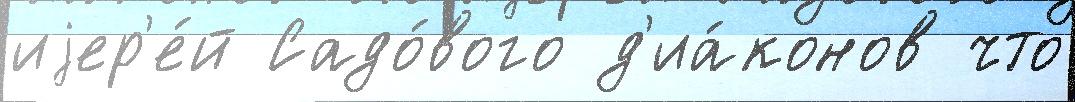
иjер'е́й Садо́вого д'иа́конов что